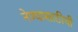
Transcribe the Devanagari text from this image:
नेण्यासाठीची